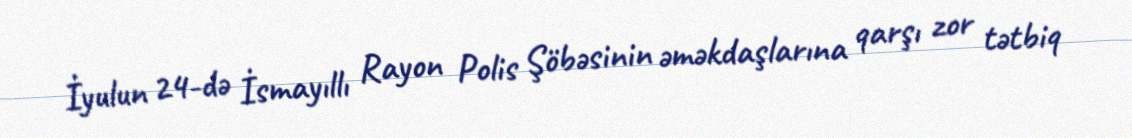
İyulun 24-də İsmayıllı Rayon Polis Şöbəsinin əməkdaşlarına qarşı zor tətbiq